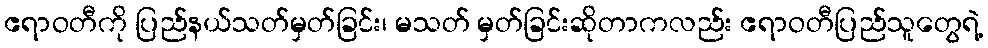
ဧရာဝတီကို ပြည်နယ်သတ်မှတ်ခြင်း၊ မသတ် မှတ်ခြင်းဆိုတာကလည်း ဧရာဝတီပြည်သူတွေရဲ့